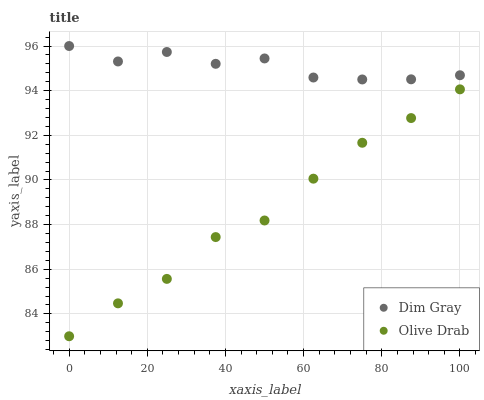
| xaxis_label | Dim Gray | Olive Drab |
 | --- | --- | --- |
 | 0 | 96 | 83 |
 | 12.5 | 95.3 | 84.5 |
 | 25 | 95.7 | 85.6 |
 | 37.5 | 95.2 | 87.4 |
 | 50 | 95.4 | 88.2 |
 | 62.5 | 94.6 | 90.1 |
 | 75 | 94.5 | 91.7 |
 | 87.5 | 94.5 | 92.8 |
 | 100 | 94.7 | 94.1 |